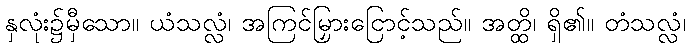
နှလုံး၌မှီသော။ ယံသလ္လံ၊ အကြင်မြှားငြောင့်သည်။ အတ္ထိ၊ ရှိ၏။ တံသလ္လံ၊